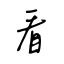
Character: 看